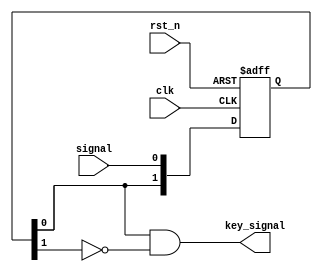
/*
 * @Author: BerZaa 
 * @Date: 2021-10-25 09:27:02 
 * @Last Modified by: BerZaa
 * @Last Modified time: 2021-10-25 09:33:08
 */

module edge_detect (
    input  wire clk         ,
    input  wire rst_n       ,
    input  wire signal      ,
    output wire key_signal  
);
    
    reg [1 : 0] ff_q;

    always @(posedge clk, negedge rst_n) begin
        if(!rst_n) begin
            ff_q <= 2'b11;
        end
        else begin
            ff_q <= {ff_q[0], signal};
        end
    end

    assign key_signal = ff_q[0] & (!ff_q[1]);

endmodule